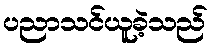
ပညာသင်ယူခဲ့သည်